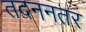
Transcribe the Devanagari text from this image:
तदननतर